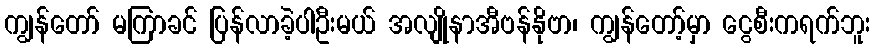
ကျွန်တော် မကြာခင် ပြန်လာခဲ့ပါဦးမယ် အလျိုနာအီဗန်နိုဗာ၊ ကျွန်တော့်မှာ ငွေစီးကရက်ဘူး